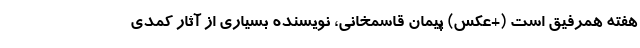
هفته همرفیق است (+عکس) پیمان قاسمخانی، نویسنده بسیاری از آثار کمدی